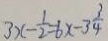
3 x - \frac { 1 } { 2 } = 6 x - 3 \frac { 3 } { 4 }